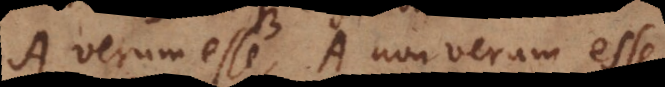
A verum esse, A non verum esse,